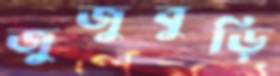
জুজুবুড়ি